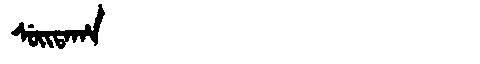
Manchu: ᠰᡠᡳᡨᠠᡥᠠ
Romanization: SUITAHA